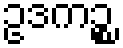
ဥဒကဉ္စ